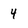
Character: 4